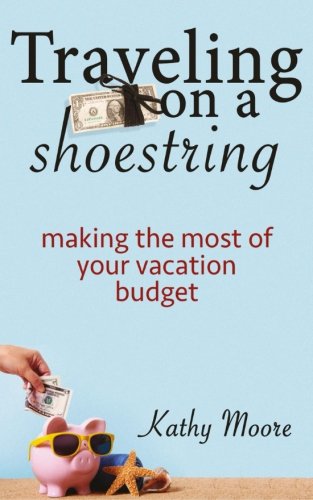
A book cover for Traveling on a Shoestring : Making the most of your vacation Budget; Kathy Moore; Travel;